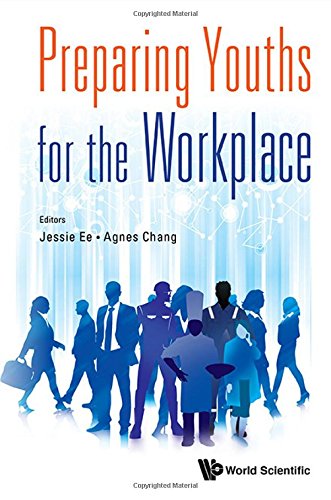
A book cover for Preparing Youths for the Workplace; Jessie Ee; Education & Teaching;